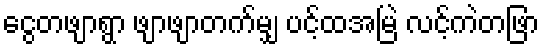
ငွေတဖျာရွာ ဖျာဖျာတက်မျှ ပင့်ထအမြဲ လင့်ကဲတဖြာ